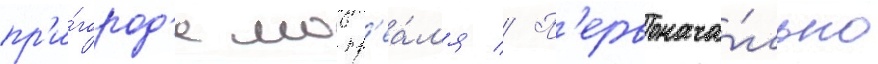
пр'и́город'е монр'еа́л'я // П'ервонача́льно